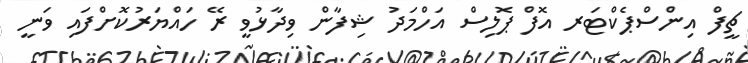
ޗީފް އިންސްޕެކްޓަރ އޮފް ޕޮލިސް އަހްމަދު ޝިފާން ވިދާޅުވީ ރޭ ހައްޔަރުކޮށްފައި ވަނީ